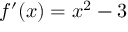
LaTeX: f ^ { \prime } ( x ) = x ^ { 2 } - 3